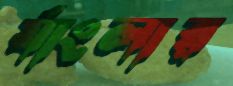
র‍্যাংলার